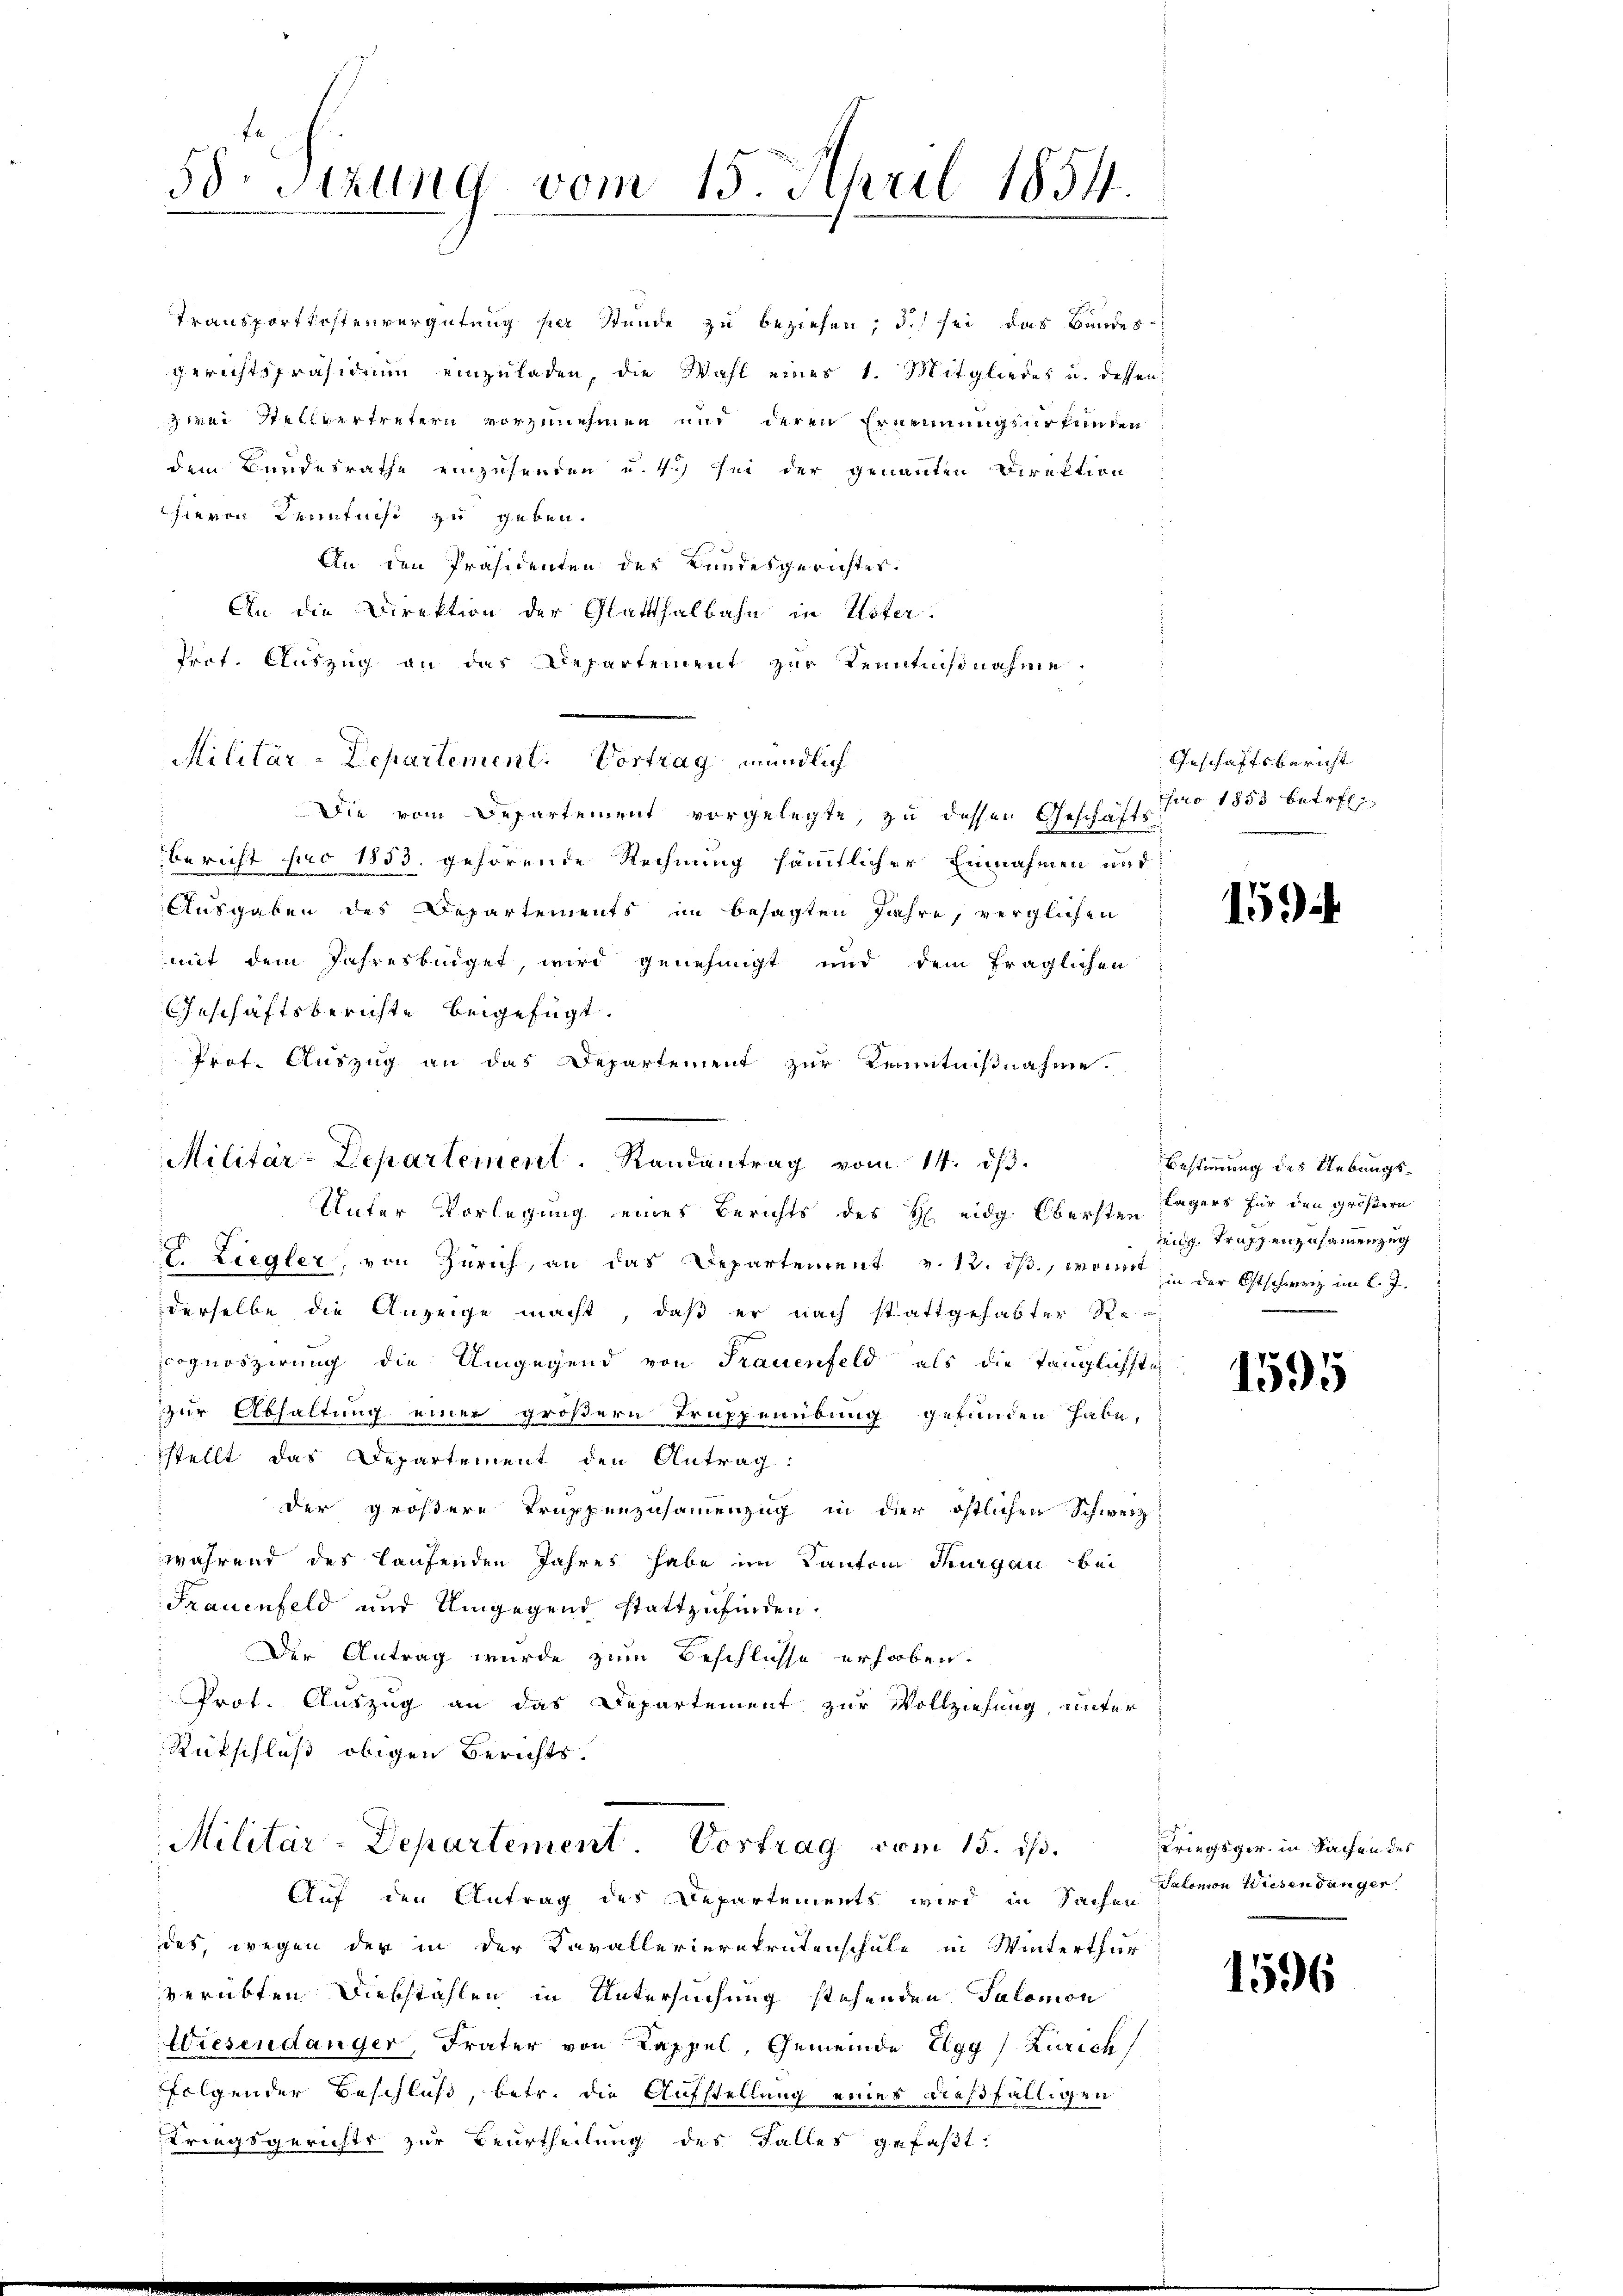
58. Sitzung vom 15. April 1854.

Transportkostenvergütung per Stunde zu beziehen; d.) sei das Bundes-
gerichtspräsidium einzuladen, die Wahl eines 1. Mitgliedes u. dessen
zwei Stellvertretern vorzunehmen und deren Ernennungsurkunden
dem Bundesrathe einzusenden u. 4.) Sei der genannten Direktion
hieren Kenntniß zu geben.
An den Präsidenten des Bundesgerichtes.
An die Direktion der Glatthalbahn in Uster.
Trot. Auszug an das Departement zur Kenntnisnahme
Die vom Departement vorgelegte, zu dessen Geschäfts¬
Bericht pro 1853. gehörende Rechnung sämtlicher Einnahmen und
Ausgaben des Departements im besagten Jahre, verglichen
mit dem Jahresberger, wird genehmigt und dem fraglichen
Geschäftsberichte beigefügt.
Prot. Auszug an das Departement zur Kenntnißnahme.
Unter Vorlegung eines Berichts des H eidg. Obersten Lagers für den größern
V. Liegler, von Zürich, an das Departement v. 12. ds., wenn in der Ostschweiz im l. J.
derselbe die Anzeige macht, daß er nach stattgehabter Re-
cognoszirung die Umgegend von Frauenfeld als die Tänglichsteh
zur Abhaltung einer größern Truppenübung gefunden habe,
stellt das Departement den Antrag:
der größere Truppenzusammenzug in der östlichen Schweiz.
während des laufenden Jahres habe im Kanton Thurgau bei
Frauenfeld und Umgegend stattzufinden.
Der Antrag wurde zum Beschlüsse erhoben.
Prot. Auszug an das Departement zur Vollziehung, unter
Rückschluß obigen Berichts.
Militär-Departement. Vortrag vom 15. ds.
Auf den Antrag des Departements wird in Sache Salomon Wiesendanger
des, wegen der in der Kavallerierekrutenschule in Winterthur
verübten Diebstahlen in Untersuchung stehenden Salomon
Wiesendanger, Frater von Kappel, Gemeinde Elgg (Zürich
folgender Beschluß, betr. die Aufstellung eines dießfälligen
Kriegsgerichts zur Beurtheilung des Falles gefaßt:

Militär-Departement. Vortrag mündlich

Militär-Departement. Randantrag vom 14. dβ.

Geschäftsbericht
pro 1853 betr

15

Bestimmung des Uebungsnig. Trafzen zusammenzug

1595

Kriegsger in Sachen des

1596